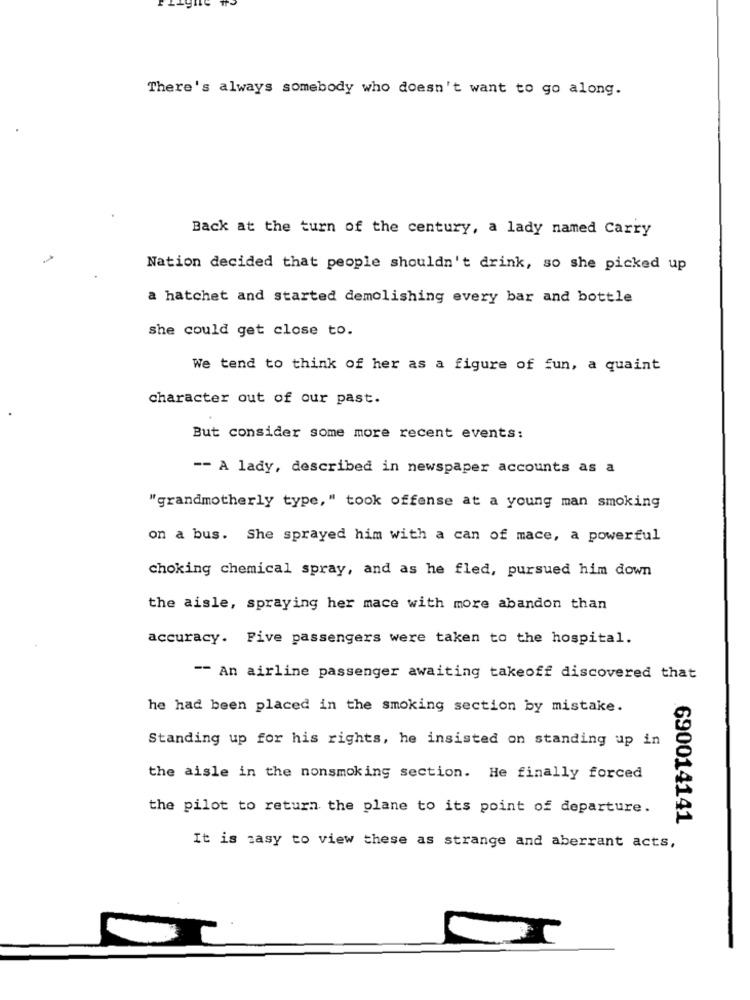
There's always somebody who doesn't want to go along.
Back at the turn of the century, a lady named Carry
Nation decided that people shouldn't drink, so she picked up
a hatchet and started demolishing every bar and bottle
she could get close to.
We tend to think of her as a figure of fun, a quaint
character out of our past.
But consider some more recent events:
-- A lady, described in newspaper accounts as a
"grandmotherly type," took offense at a young man smoking
on a bus. She sprayed him with a can of mace, a powerful
choking chemical spray, and as he fled, pursued him down
the aisle, spraying her mace with more abandon than
accuracy. Five passengers were taken to the hospital.
-- An airline passenger awaiting takeoff discovered that
he had been placed in the smoking section by mistake.
Standing up for his rights, he insisted on standing up in
the aisle in the nonsmoking section. He finally forced
the pilot to return the plane to its point of departure.
690014141
It is zasy to view these as strange and aberrant acts,